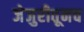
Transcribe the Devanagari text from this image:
जेजुरीतूनच